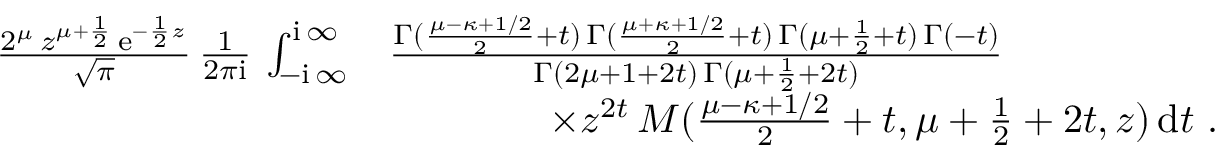
\begin{array} { r } { \begin{array} { r l } { \frac { 2 ^ { \mu } \, z ^ { \mu + \frac { 1 } { 2 } } \, \mathrm { e } ^ { - \frac { 1 } { 2 } z } } { \sqrt { \pi } } \, \frac { 1 } { 2 \pi \mathrm { i } } \, \int _ { - \mathrm { i } \, \infty } ^ { \mathrm { i } \, \infty } } & { \frac { \Gamma ( \frac { \mu - \kappa + 1 / 2 } { 2 } + t ) \, \Gamma ( \frac { \mu + \kappa + 1 / 2 } { 2 } + t ) \, \Gamma ( \mu + \frac { 1 } { 2 } + t ) \, \Gamma ( - t ) } { \Gamma ( 2 \mu + 1 + 2 t ) \, \Gamma ( \mu + \frac { 1 } { 2 } + 2 t ) } } \\ & { \qquad \qquad \times z ^ { 2 t } \, M ( \frac { \mu - \kappa + 1 / 2 } { 2 } + t , \mu + \frac { 1 } { 2 } + 2 t , z ) \, \mathrm { d } t \ . } \end{array} } \end{array}